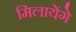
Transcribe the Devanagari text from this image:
मिलायेंगे